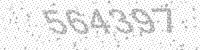
Solution: 564397